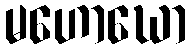
မဟောဃော